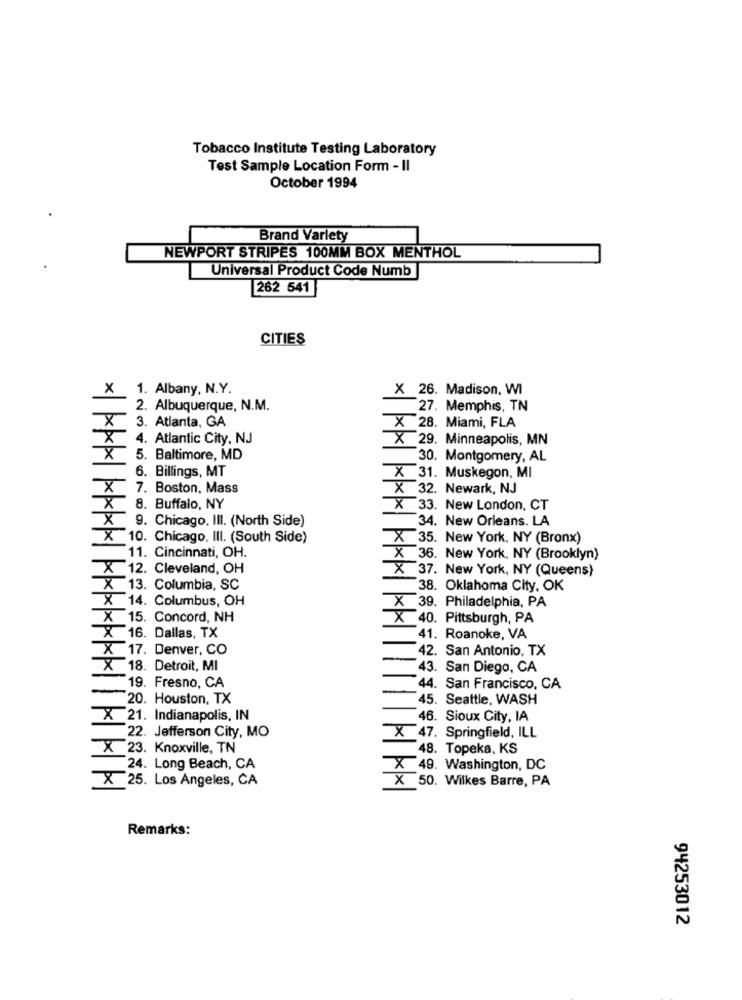
Tobacco Institute Testing Laboratory
Test Sample Location Form - II
October 1994
Brand Varlety
NEWPORT STRIPES 100MM BOX MENTHOL
Universal Product Code Numb
262 541
CITIES
X 1. Albany, N.Y.
X 26. Madison, WI
2. Albuquerque, N.M.
27. Memphis, TN
X
3. Atlanta, GA
X 28. Miami, FLA
X
4. Atlantic City, NJ
X 29. Minneapolis, MN
X
5. Baltimore, MD
30. Montgomery, AL
6. Billings, MT
X 31. Muskegon, MI
X
7. Boston, Mass
X 32. Newark, NJ
X
8. Buffalo, NY
X 33. New London, CT
X
9. Chicago, IlI. (North Side)
34. New Orleans. LA
X
10. Chicago, IlI. (South Side)
X 35. New York, NY (Bronx)
11. Cincinnati, OH.
X 36. New York, NY (Brooklyn)
X 12. Cleveland, OH
X 37. New York, NY (Queens)
X 13. Columbia, SC
38. Oklahoma City, OK
X 14. Columbus, OH
X 39. Philadelphia, PA
X 15. Concord, NH
X 40. Pittsburgh, PA
X 16. Dallas, TX
41. Roanoke, VA
X 17. Denver, CO
42. San Antonio, TX
X 18. Detroit, MI
43. San Diego, CA
19. Fresno, CA
44. San Francisco, CA
20. Houston, TX
45. Seattle, WASH
X 21. Indianapolis, IN
46. Sioux City, IA
22. Jefferson City, MO
X 47. Springfield, ILL
X23. Knoxville, TN
48. Topeka, KS
24. Long Beach, CA
X 49. Washington, DC
X 25. Los Angeles, CA
X 50. Wilkes Barre, PA
Remarks:
94253012